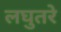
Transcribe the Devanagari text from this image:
लघुतरे